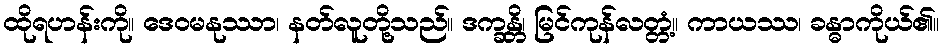
ထိုရဟန်းကို။ ဒေဝမနုဿာ၊ နတ်လူတို့သည်။ ဒက္ခန္တိ၊ မြင်ကုန်လတ္တံ့။ ကာယဿ၊ ခန္ဓာကိုယ်၏။